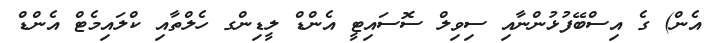
އެން) ގެ އިސްބޭފުޅުންނާއި ސިވިލް ސޮސައިޓީ އެންޑް ލީޑިންގ ހެލްތާއި ކްލައިމެޓް އެންޑް